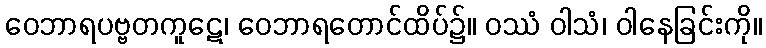
ဝေဘာရပဗ္ဗတကူဋေ၊ ဝေဘာရတောင်ထိပ်၌။ ဝဿံ ဝါသံ၊ ဝါနေခြင်းကို။